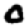
Digit: 0